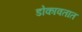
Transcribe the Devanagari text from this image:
डोकावतात